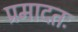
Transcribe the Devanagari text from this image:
प्रमादतः